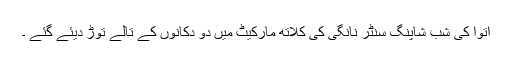
اتوا کی شب شاپنگ سنٹر نانگی کی کلاتھ مارکیٹ میں دو دکانوں کے تالے توڑ دیئے گئے ۔